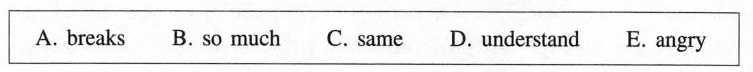
\boxed{A. breaks B. So much C. Same D. Understand E. angry}